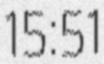
15:51